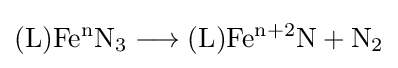
\mathrm {(L)Fe^{n}N_{3}\longrightarrow (L)Fe^{n+2}N+N_{2}}